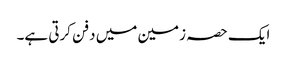
ایک حصہ زمین میں دفن کرتی ہے۔